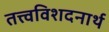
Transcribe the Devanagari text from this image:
तत्त्वविशदनार्थ